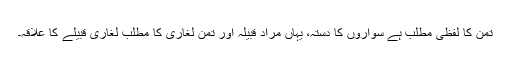
تمن کا لفظی مطلب ہے سواروں کا دستہ، یہاں مراد قبیلہ اور تمن لغاری کا مطلب لغاری قبیلے کا علاقہ۔